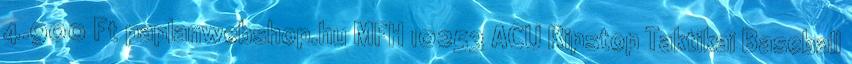
4.900 Ft paplanwebshop.hu MFH 10253 ACU Ripstop Taktikai Baseball